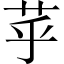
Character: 苸